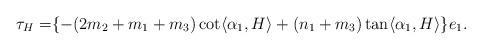
LaTeX: \begin{align*}\tau_{H}=&\{-(2m_{2} +m_{1}+m_{3}) \cot \langle \alpha_{1},H\rangle +(n_{1}+m_{3})\tan\langle \alpha_{1} , H \rangle \}e_{1}.\end{align*}